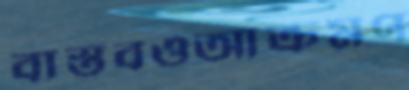
বাস্তবওআক্রমণ